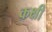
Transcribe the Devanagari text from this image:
कक्षी